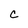
Character: c